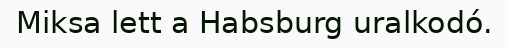
Miksa lett a Habsburg uralkodó.